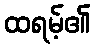
ထရမ့်၏